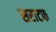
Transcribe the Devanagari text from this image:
सराटफ